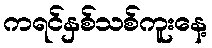
ကရင်နှစ်သစ်ကူးနေ့